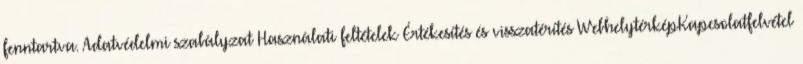
fenntartva. Adatvédelmi szabályzat Használati feltételek Értékesítés és visszatérítés WebhelytérképKapcsolatfelvétel